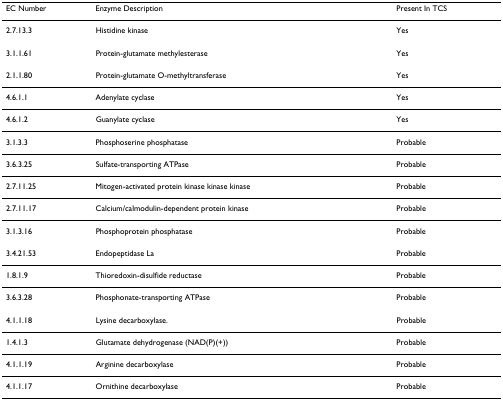
<table><thead><tr><td><b>EC Number</b></td><td><b>Enzyme Description</b></td><td><b>Present In TCS</b></td></tr></thead><tbody><tr><td>2.7.13.3</td><td>Histidine kinase</td><td>Yes</td></tr><tr><td>3.1.1.61</td><td>Protein-glutamate methylesterase</td><td>Yes</td></tr><tr><td>2.1.1.80</td><td>Protein-glutamate O-methyltransferase</td><td>Yes</td></tr><tr><td>4.6.1.1</td><td>Adenylate cyclase</td><td>Yes</td></tr><tr><td>4.6.1.2</td><td>Guanylate cyclase</td><td>Yes</td></tr><tr><td>3.1.3.3</td><td>Phosphoserine phosphatase</td><td>Probable</td></tr><tr><td>3.6.3.25</td><td>Sulfate-transporting ATPase</td><td>Probable</td></tr><tr><td>2.7.11.25</td><td>Mitogen-activated protein kinase kinase kinase</td><td>Probable</td></tr><tr><td>2.7.11.17</td><td>Calcium/calmodulin-dependent protein kinase</td><td>Probable</td></tr><tr><td>3.1.3.16</td><td>Phosphoprotein phosphatase</td><td>Probable</td></tr><tr><td>3.4.21.53</td><td>Endopeptidase La</td><td>Probable</td></tr><tr><td>1.8.1.9</td><td>Thioredoxin-disulfide reductase</td><td>Probable</td></tr><tr><td>3.6.3.28</td><td>Phosphonate-transporting ATPase</td><td>Probable</td></tr><tr><td>4.1.1.18</td><td>Lysine decarboxylase.</td><td>Probable</td></tr><tr><td>1.4.1.3</td><td>Glutamate dehydrogenase (NAD(P)(+))</td><td>Probable</td></tr><tr><td>4.1.1.19</td><td>Arginine decarboxylase</td><td>Probable</td></tr><tr><td>4.1.1.17</td><td>Ornithine decarboxylase</td><td>Probable</td></tr></tbody></table>